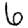
Digit: 6